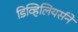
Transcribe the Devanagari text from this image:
डिव्हिलियर्सने